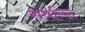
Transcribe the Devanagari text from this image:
संधनित